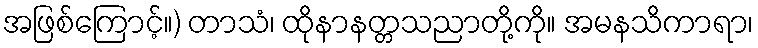
အဖြစ်ကြောင့်။) တာသံ၊ ထိုနာနတ္တသညာတို့ကို။ အမနသိကာရာ၊